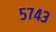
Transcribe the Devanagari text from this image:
५७४३